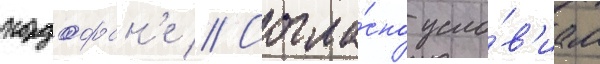
кордофан'е // Согла́сно усло́в'иам